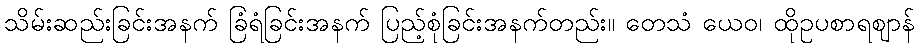
သိမ်းဆည်းခြင်းအနက် ခြံရံခြင်းအနက် ပြည့်စုံခြင်းအနက်တည်း။ တေသံ ယေဝ၊ ထိုဥပစာရဈာန်